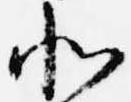
北